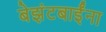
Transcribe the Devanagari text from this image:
बेझंटबाईंना